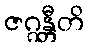
ဇဂ္ဂန္တီတိ